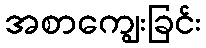
အစာကျွေးခြင်း